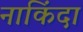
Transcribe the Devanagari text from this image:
नाकिंदा